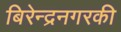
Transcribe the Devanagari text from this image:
बिरेन्द्रनगरकी